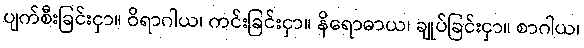
ပျက်စီးခြင်းငှာ။ ဝိရာဂါယ၊ ကင်းခြင်းငှာ။ နိရောဓာယ၊ ချုပ်ခြင်းငှာ။ စာဂါယ၊